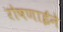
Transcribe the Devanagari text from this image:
रोषणाईने